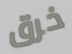
خرق